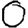
Digit: 0